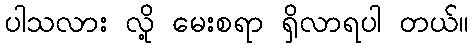
ပါသလား လို့ မေးစရာ ရှိလာရပါ တယ်။